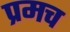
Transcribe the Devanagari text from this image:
प्रमच